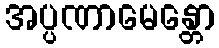
အပ္ပဏာမေန္တော